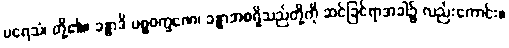
ပရေသံ၊ တို့၏။ ခန္ဓာဒိ ပစ္စဝက္ခဏေ၊ ခန္ဓာအစရှိသည်တို့ကို ဆင်ခြင်ရာအခါ၌ လည်းကောင်း။